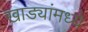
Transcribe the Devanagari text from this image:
खाड्यांमध्ये